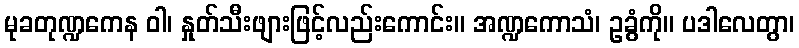
မုခတုဏ္ဍကေန ဝါ၊ နှုတ်သီးဖျားဖြင့်လည်းကောင်း။ အဏ္ဍကောသံ၊ ဥခွံကို။ ပဒါလေတွာ၊